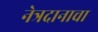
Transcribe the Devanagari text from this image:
नेत्रदानाचा